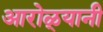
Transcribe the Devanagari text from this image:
आरोळ्यानी